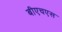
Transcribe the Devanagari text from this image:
बीएचएस